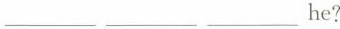
___ ___ ___ he?